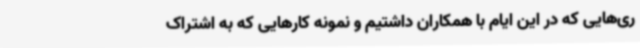
ری‌هایی که در این ایام با همکاران داشتیم و نمونه کارهایی که به اشتراک